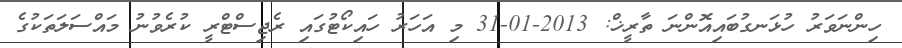
ހިންނަވަރު ހުޅަނގުބައިއޮންނަ ތާރީޚް: 2013-01-31 މި އަހަރު ހައިކޯޓުގައި ރެޖިސްޓްރީ ކުރެވުނު މައްސަލަތަކުގެ